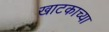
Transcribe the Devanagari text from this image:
खाटकाच्या